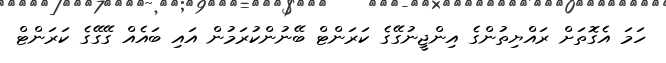
ހަމަ އެގޮތަށް ރައްޔިތުންގެ އިންޖީނުގޭގެ ކަރަންޓް ބޭނުންކުރަމުން އައި ބައެއް ގޭގޭގެ ކަރަންޓް